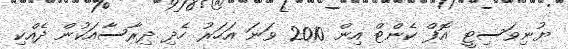
ޔުނިވަސިޓީ އޮފް ކެންޓް އިން 2010 ވަނަ އަހަރު ހެދި ދިރާސާއަކުން ދެއްކި